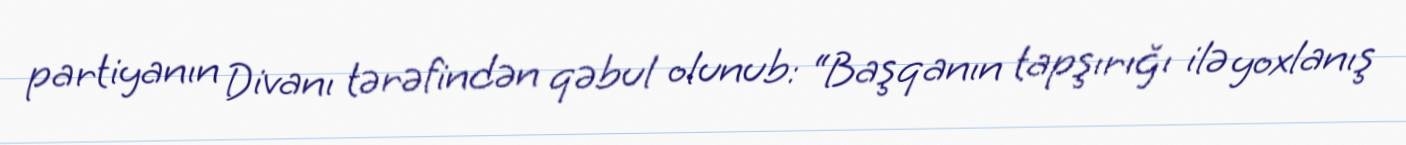
partiyanın Divanı tərəfindən qəbul olunub: “Başqanın tapşırığı ilə yoxlanış